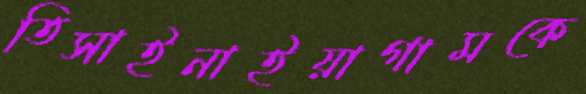
তিসাইনাইয়াগামকে